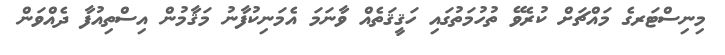
މިނިސްޓަރގެ މައްޗަށް ކުރެވޭ ތުހުމަތުގައި ހަޤީޤަތެއް ވާނަމަ އެމަނިކުފާނު މަޤާމުން އިސްތިއުފާ ދެއްވަން